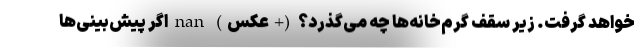
خواهد گرفت. زیر سقف گرم‌خانه‌ها چه می‌گذرد؟ (+عکس) nan اگر پیش‌بینی‌ها